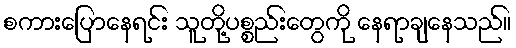
စကားပြောနေရင်း သူတို့ပစ္စည်းတွေကို နေရာချနေသည်။